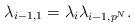
LaTeX: \begin{align*}\lambda_{i-1,1} = \lambda_i \lambda_{i-1,p^N}.\end{align*}